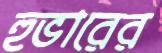
হুভারের